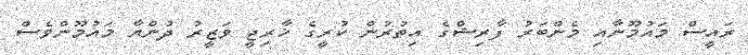
ރައީސް މައުމޫނާއި މެންބަރު ފާރިޝްގެ އިތުރުން ކުރީގެ ޚާރިޖީ ވަޒީރު ދުންޔާ މައުމޫންވެސް